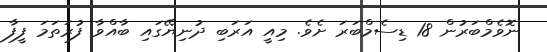
ނޮވެމްބަރުން 18 ޑިސެމްބަރަ ށެވެ. މިއީ އަރަބި ދުނިޔޭގައި ބާއްވާ ފުރަތަމަ ފީފާ